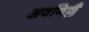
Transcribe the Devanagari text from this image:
अवनिल्लै